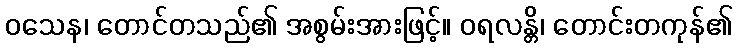
ဝသေန၊ တောင်တသည်၏ အစွမ်းအားဖြင့်။ ဝရလန္တိ၊ တောင်းတကုန်၏